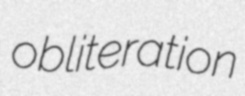
obliteration